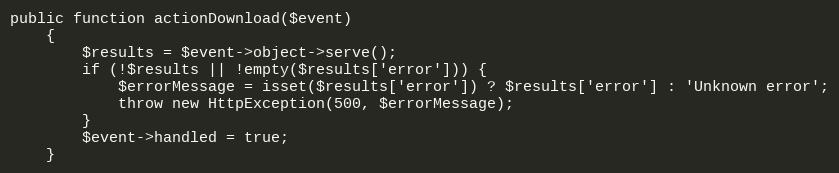
Language: PHP
public function actionDownload($event)
    {
        $results = $event->object->serve();
        if (!$results || !empty($results['error'])) {
            $errorMessage = isset($results['error']) ? $results['error'] : 'Unknown error';
            throw new HttpException(500, $errorMessage);
        }
        $event->handled = true;
    }